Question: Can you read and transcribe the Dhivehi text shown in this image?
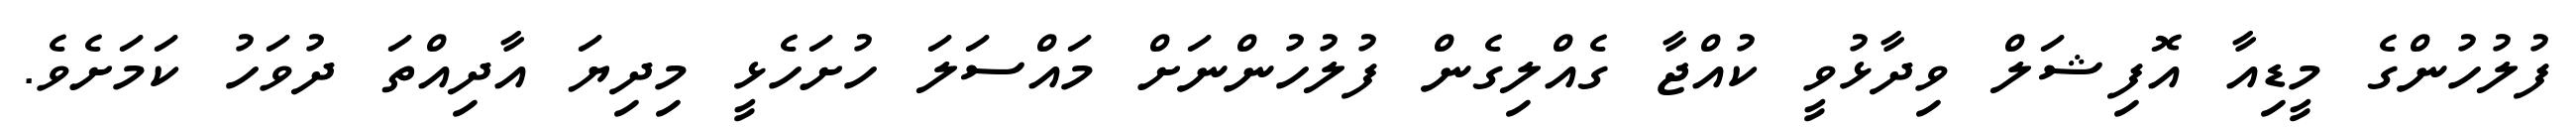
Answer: ފުލުހުންގެ މީޑިއާ އޮފިޝަލް ވިދާޅުވީ ކުއްޖާ ގެއްލިގެން ފުލުހުންނަށް މައްސަލަ ހުށަހެޅީ މިދިޔަ އާދިއްތަ ދުވަހު ކަމަށެވެ.